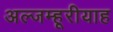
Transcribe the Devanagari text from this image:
अल्जम्हूरीयाह